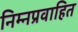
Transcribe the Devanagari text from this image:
निम्नप्रवाहित